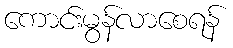
ကောင်းမွန်လာစေရန်